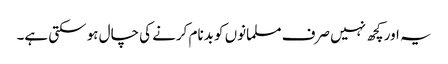
یہ اور کچھ نہیں صرف مسلمانوں کو بدنام کرنے کی چال ہو سکتی ہے۔